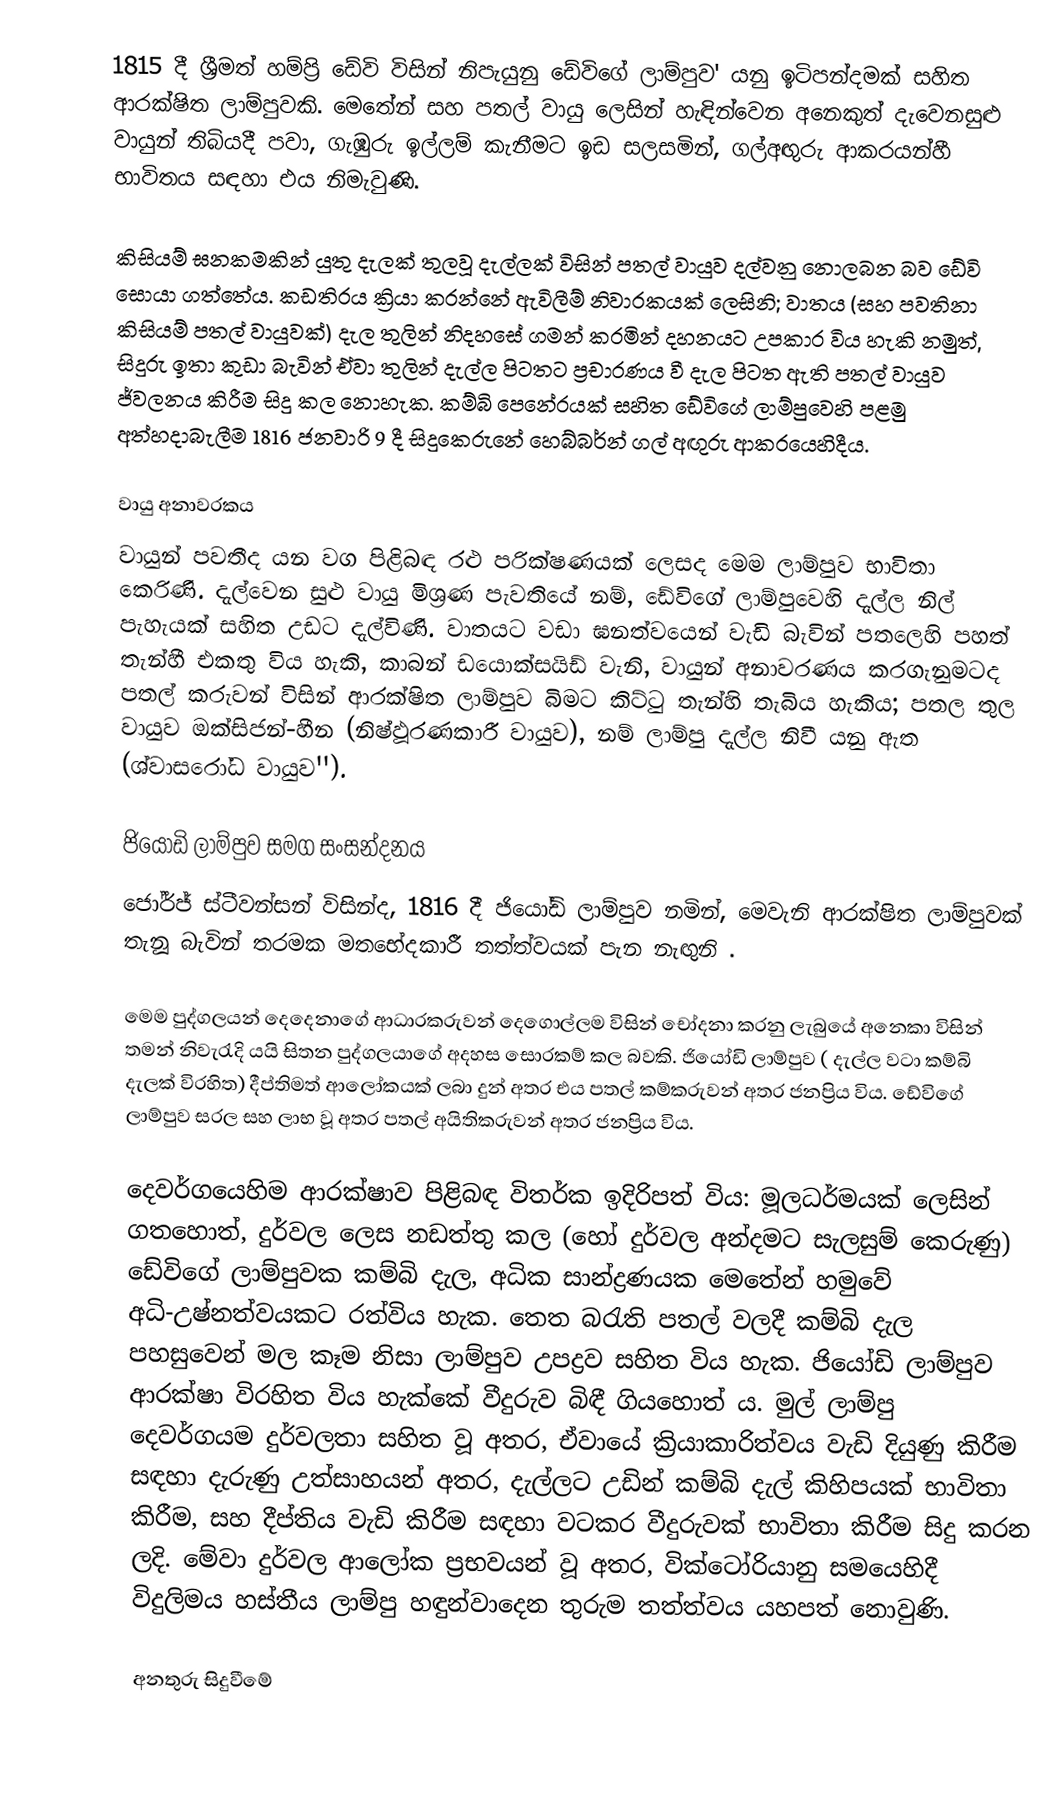
1815 දී ශ්‍රීමත් හම්ප්‍රි ඩේවි විසින් නිපැයුනු ඩේවිගේ ලාම්පුව' යනු ඉටිපන්දමක් සහිත ආරක්ෂිත ලාම්පුවකි.  මෙතේන් සහ  පතල් වායු ලෙසින් හැඳින්වෙන  අනෙකුත්  දැවෙනසුළු වායුන් තිබියදී පවා,  ගැඹුරු ඉල්ලම් කැනීමට ඉඩ සලසමින්,  ගල්අඟුරු ආකරයන්හී භාවිතය සඳහා එය නිමැවුණි.

කිසියම් ඝනකමකින් යුතු දැලක් තුලවූ දැල්ලක් විසින් පතල් වායුව දල්වනු නොලබන බව ඩේවි සොයා ගත්තේය. කඩතිරය ක්‍රියා කරන්නේ  ඇවිලීම් නිවාරකයක් ලෙසිනි; වාතය  (සහ පවතිනා කිසියම් පතල් වායුවක්) දැල තුලින් නිදහසේ ගමන් කරමින් දහනයට උපකාර විය හැකි නමුත්, සිදුරු ඉතා කුඩා බැවින් ඒවා තුලින් දැල්ල පිටතට ප්‍රචාරණය වී දැල පිටත ඇති පතල් වායුව ජ්වලනය කිරීම සිදු කල නොහැක. කම්බි පෙනේරයක් සහිත ඩේවිගේ ලාම්පුවෙහි පළමු අත්හදාබැලීම  1816 ජනවාරි 9 දී සිදුකෙරුනේ  හෙබ්බර්න් ගල් අඟුරු ආකරයෙහිදීය.

 වායු අනාවරකය
වායුන් පවතීද යන වග පිළිබඳ රළු පරික්ෂණයක් ලෙසද මෙම ලාම්පුව භාවිතා කෙරිණි. දැල්වෙන සුළු වායු මිශ්‍රණ පැවතියේ නම්, ඩේවිගේ ලාම්පුවෙහි දැල්ල නිල් පැහැයක් සහිත උඩට දැල්විණි. වාතයට වඩා ඝනත්වයෙන් වැඩි බැවින් පතලෙහි පහත් තැන්හී එකතු විය හැකි, කාබන් ඩයොක්සයිඩ් වැනි, වායුන් අනාවරණය කරගැනුමටද පතල් කරුවන් විසින් ආරක්ෂිත ලාම්පුව බිමට කිට්ටු තැන්හි තැබිය හැකිය; පතල තුල වායුව ඔක්සිජන්-හීන (නිෂ්ඵූරණකාරී වායුව), නම් ලාම්පු දැල්ල නිවී යනු ඇත (ශ්වාසරෝධ වායුව'').

ජියෝඩි ලාම්පුව සමග සංසන්දනය
ජෝර්ජ් ස්ටීවන්සන් විසින්ද,   1816 දී ජියෝඩි  ලාම්පුව නමින්,  මෙවැනි ආරක්ෂිත ලාම්පුවක් තැනූ බැවින් තරමක මතභේදකාරී තත්ත්වයක් පැන නැඟුනි .

මෙම පුද්ගලයන් දෙදෙනාගේ ආධාරකරුවන් දෙගොල්ලම විසින් චෝදනා කරනු ලැබුයේ අනෙකා විසින් තමන් නිවැරැදි යයි සිතන පුද්ගලයාගේ අදහස සොරකම් කල බවකි. ජියෝඩි ලාම්පුව ( දැල්ල වටා කම්බි දැලක් විරහිත) දීප්තිමත් ආලෝකයක් ලබා දුන් අතර එය පතල් කම්කරුවන් අතර ජනප්‍රිය විය.   ඩේවිගේ ලාම්පුව සරල සහ ලාභ වූ අතර පතල් අයිතිකරුවන් අතර ජනප්‍රිය විය.

දෙවර්ගයෙහිම ආරක්ෂාව පිළිබඳ විතර්ක ඉදිරිපත් විය: මූලධර්මයක් ලෙසින් ගතහොත්, දුර්වල ලෙස නඩත්තු කල  (හෝ  දුර්වල අන්දමට සැලසුම් කෙරුණු) ඩේවිගේ ලාම්පුවක කම්බි දැල, අධික සාන්ද්‍රණයක මෙතේන් හමුවේ අධි-උෂ්නත්වයකට රත්විය හැක. තෙත බරැති පතල් වලදී කම්බි දැල පහසුවෙන් මල කෑම නිසා ලාම්පුව උපද්‍රව සහිත විය හැක. ජියෝඩි ලාම්පුව ආරක්ෂා විරහිත විය හැක්කේ වීදුරුව බිඳී ගියහොත් ය. මුල් ලාම්පු දෙවර්ගයම දුර්වලතා සහිත වූ අතර, ඒවායේ ක්‍රියාකාරිත්වය වැඩි දියුණු කිරීම සඳහා දැරුණු උත්සාහයන් අතර, දැල්ලට උඩින් කම්බි දැල් කිහිපයක් භාවිතා කිරීම, සහ දීප්තිය වැඩි කිරීම සඳහා වටකර වීදුරුවක් භාවිතා කිරීම සිදු කරන ලදි. මේවා දුර්වල ආලෝක ප්‍රභවයන් වූ අතර, වික්ටෝරියානු සමයෙහිදී විදුලිමය හස්තීය ලාම්පු හඳුන්වාදෙන තුරුම තත්ත්වය යහපත් නොවුණි.

අනතුරු සිදුවීමේ